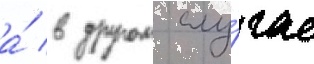
а́ в другом слу́чае